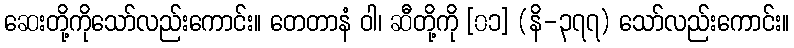
ဆေးတို့ကိုသော်လည်းကောင်း။ တေတာနံ ဝါ၊ ဆီတို့ကို [၀၁] (နိ-၃၇၇) သော်လည်းကောင်း။